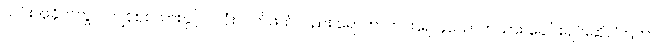
ယင်းအခိုက်တွင် ကျန်စစ်သားနှင့် ငလုံးလက်ဖယ်လည်း ရောက်လာကြ၍ ၄ယောက်သား ခေါင်းချင်းဆိုင်ကြကာ